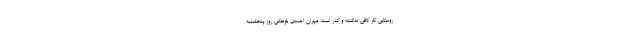
روستایی کلر کافی نداشته و کدر است. مهران احمدی بلوطکی روز پنجشنبه